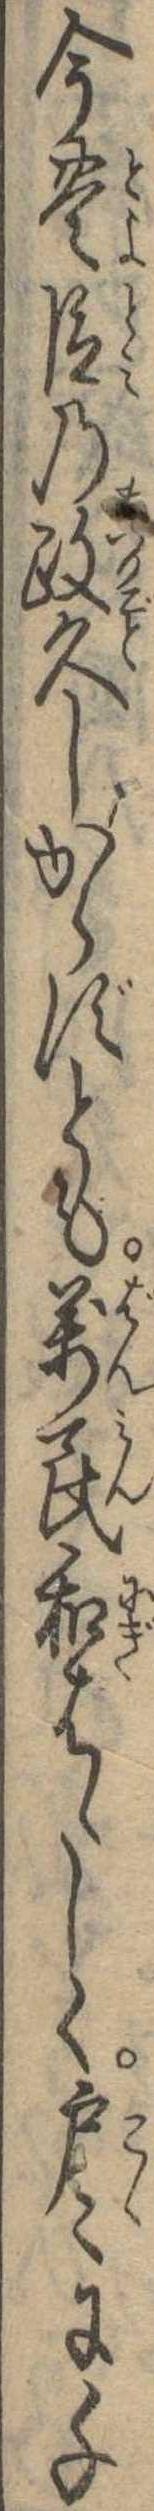
今豊臣の政久しからずとも万民和はゝしく戸に千